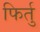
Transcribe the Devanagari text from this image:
फिर्तु